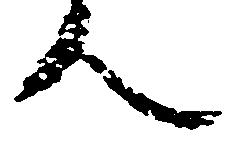
人